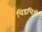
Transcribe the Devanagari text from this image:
चिडचिड़ी